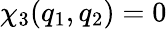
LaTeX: \chi_{3}(q_{1},q_{2})=0